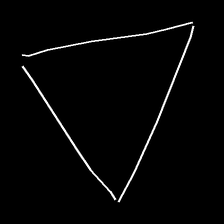
Glyph: convergence